65_HS1-834228961_62-HQ-83894_Section_8
Agency: FBI
Page 213
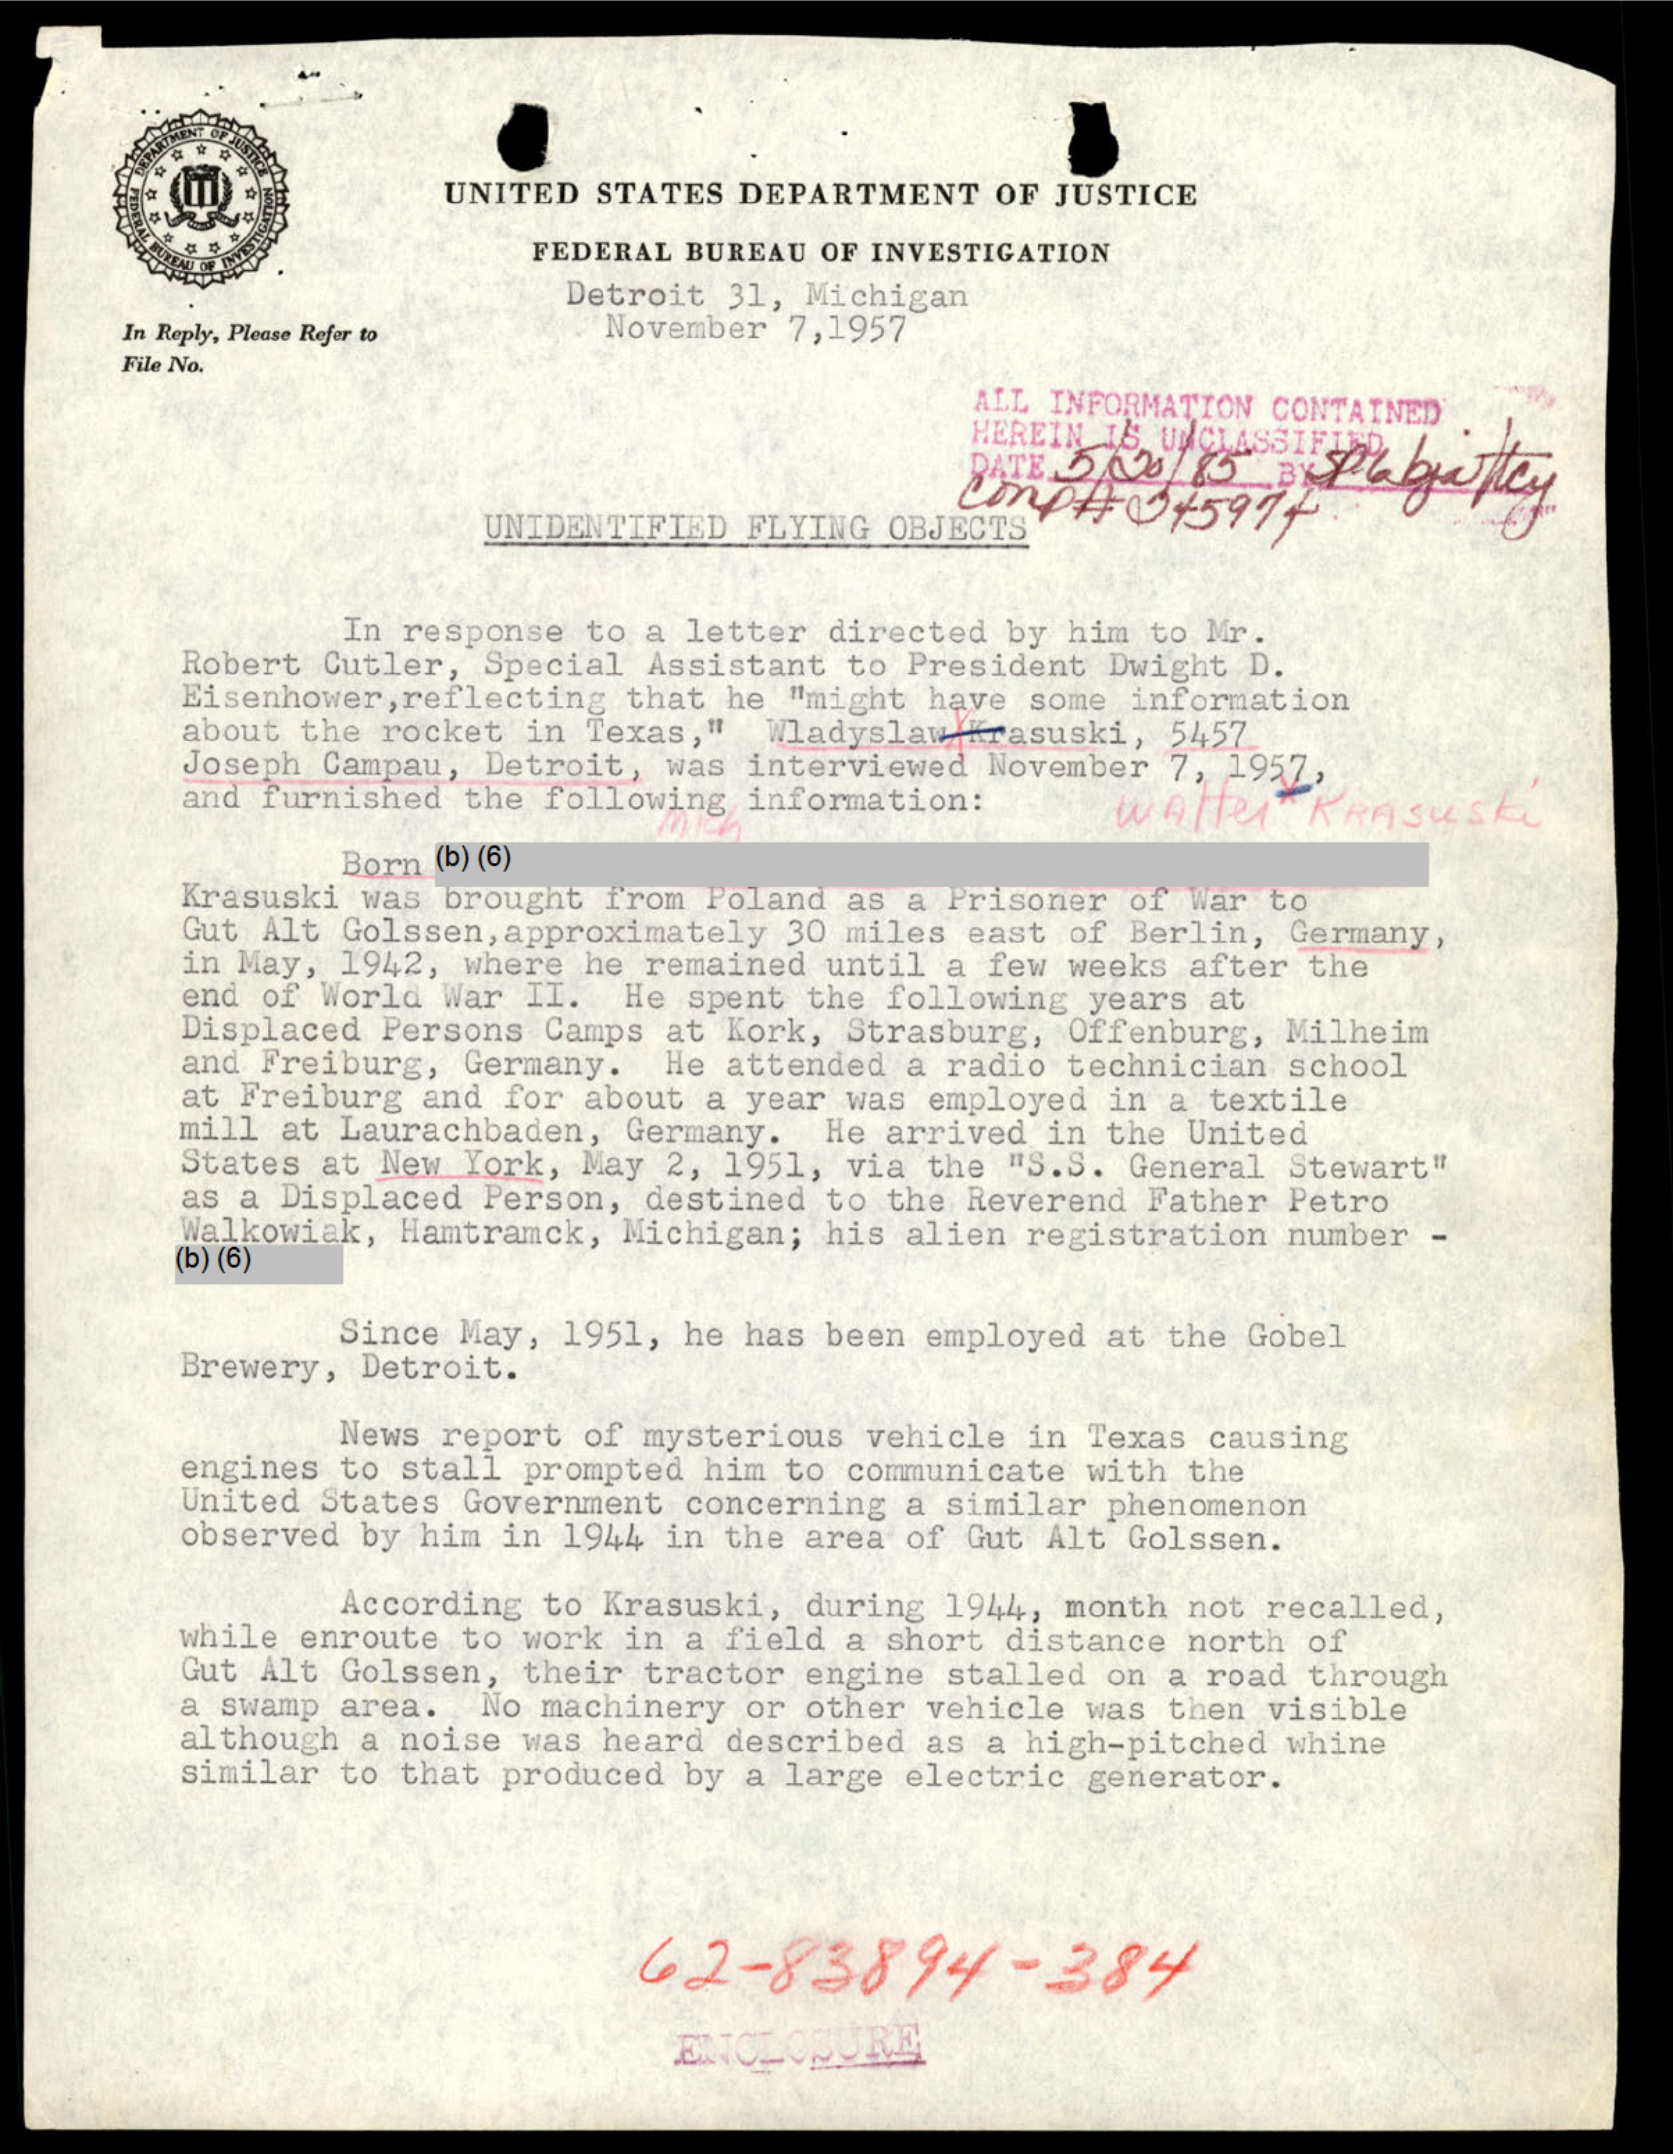